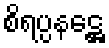
စိရပ္ပနဋ္ဌေ